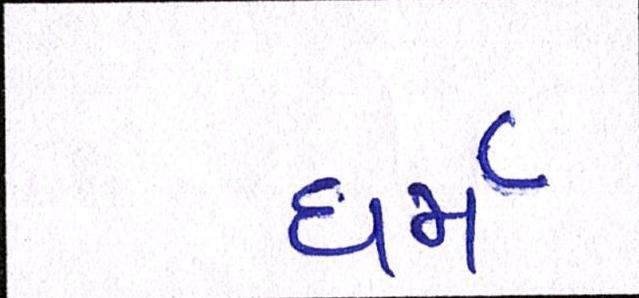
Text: ધર્મ